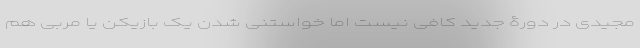
مجیدی در دورۀ جدید کافی نیست اما خواستنی شدن یک بازیکن یا مربی هم